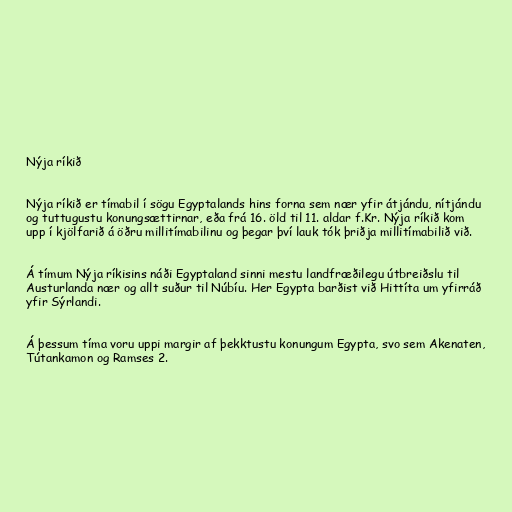
Nýja ríkið

Nýja ríkið er tímabil í sögu Egyptalands hins forna sem nær yfir átjándu, nítjándu
og tuttugustu konungsættirnar, eða frá 16. öld til 11. aldar f.Kr. Nýja ríkið kom
upp í kjölfarið á öðru millitímabilinu og þegar því lauk tók þriðja millitímabilið við.

Á tímum Nýja ríkisins náði Egyptaland sinni mestu landfræðilegu útbreiðslu til
Austurlanda nær og allt suður til Núbíu. Her Egypta barðist við Hittíta um yfirráð
yfir Sýrlandi.

Á þessum tíma voru uppi margir af þekktustu konungum Egypta, svo sem Akenaten,
Tútankamon og Ramses 2.